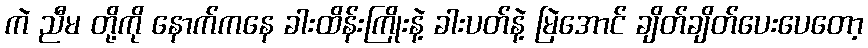
ကဲ ညီမ တို့ကို နောက်ကနေ ခါးထိန်းကြိုးနဲ့ ခါးပတ်နဲ့ မြဲအောင် ချိတ်ချိတ်ပေးပေတော့